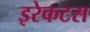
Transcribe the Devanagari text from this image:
इरेकटस